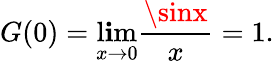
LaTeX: G(0)=\operatorname*{l\mathbf{i}m}_{x\rightarrow0}{\frac{{\sinx}}{{x}}}=1.